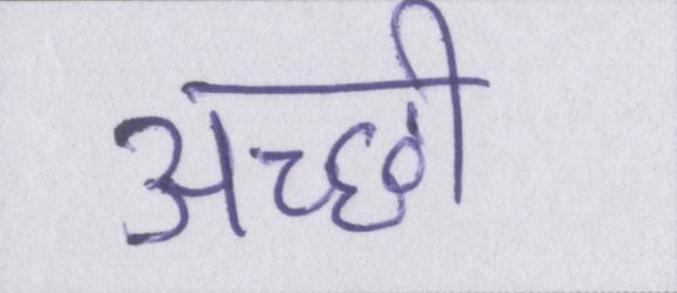
अच्छी